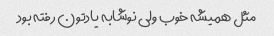
مثل همیشه خوب ولی نوشابه یادتون رفته بود